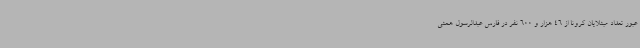
عبور تعداد مبتلایان کرونا از 46 هزار و 600 نفر در فارس عبدالرسول همتی